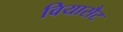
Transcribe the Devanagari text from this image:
वियासैट